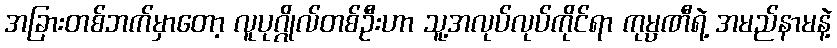
အခြားတစ်ဘက်မှာတော့ လူပုဂ္ဂိုလ်တစ်ဦးဟာ သူ့အလုပ်လုပ်ကိုင်ရာ ကုမ္ပဏီရဲ့ အမည်နာမနဲ့